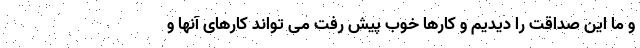
و ما این صداقت را دیدیم و کارها خوب پیش رفت می تواند کارهای آنها و